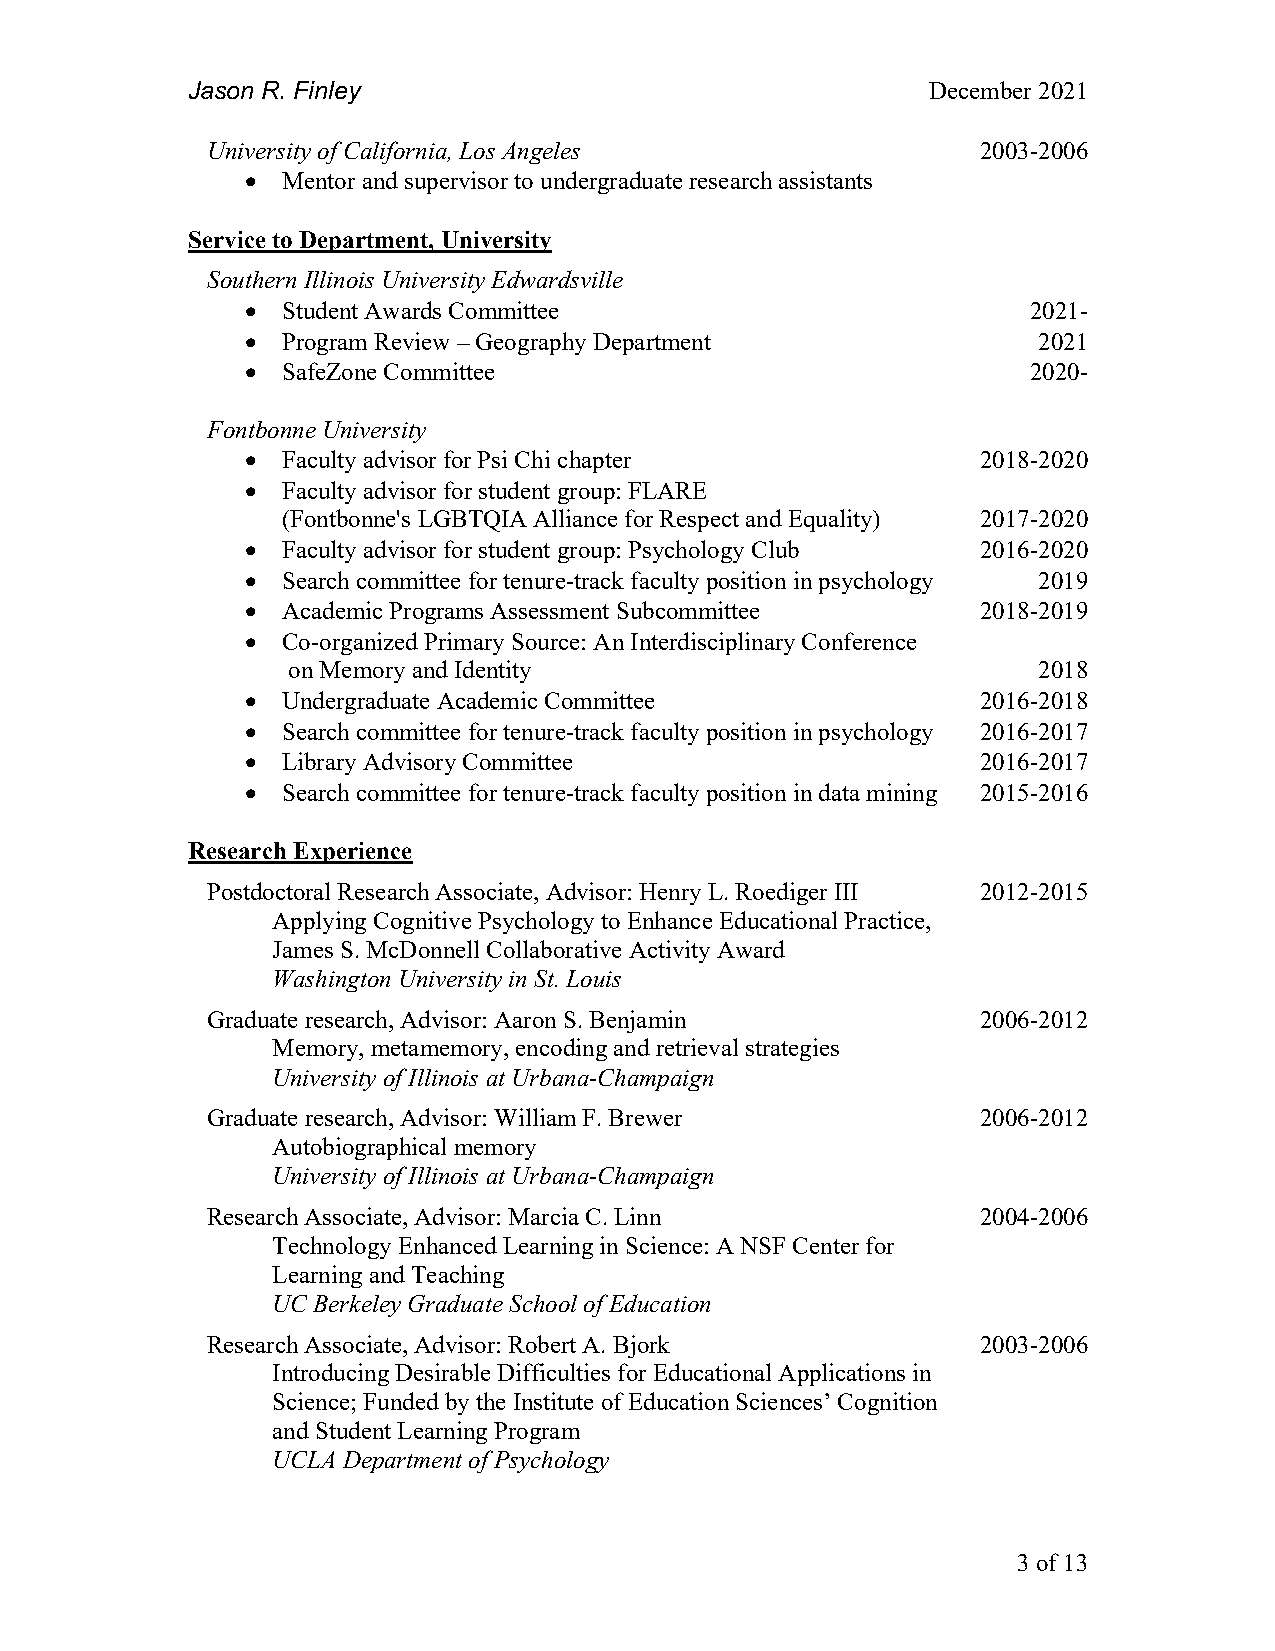
Jason R. Finley                                   December 2021
 University of California, Los Angeles              2003-2006
 •  Mentor and supervisor to undergraduate research assistants
 Service to Department, University
 Southern Illinois University Edwardsville
 •  Student Awards Committee                         2021-
 •  Program Review – Geography Department             2021
 •  SafeZone Committee                               2020-
 Fontbonne University
 •  Faculty advisor for Psi Chi chapter           2018-2020
 •  Faculty advisor for student group: FLARE
 (Fontbonne's LGBTQIA Alliance for Respect and Equality) 2017-2020
 •  Faculty advisor for student group: Psychology Club 2016-2020
 •  Search committee for tenure-track faculty position in psychology 2019
 •  Academic Programs Assessment Subcommittee     2018-2019
 •  Co-organized Primary Source: An Interdisciplinary Conference
 on Memory and Identity                            2018
 •  Undergraduate Academic Committee              2016-2018
 •  Search committee for tenure-track faculty position in psychology 2016-2017
 •  Library Advisory Committee                    2016-2017
 •  Search committee for tenure-track faculty position in data mining 2015-2016
 Research Experience
 Postdoctoral Research Associate, Advisor: Henry L. Roediger III 2012-2015
 Applying Cognitive Psychology to Enhance Educational Practice,
 James S. McDonnell Collaborative Activity Award
 Washington University in St. Louis
 Graduate research, Advisor: Aaron S. Benjamin      2006-2012
 Memory, metamemory, encoding and retrieval strategies
 University of Illinois at Urbana-Champaign
 Graduate research, Advisor: William F. Brewer      2006-2012
 Autobiographical memory
 University of Illinois at Urbana-Champaign
 Research Associate, Advisor: Marcia C. Linn        2004-2006
 Technology Enhanced Learning in Science: A NSF Center for
 Learning and Teaching
 UC Berkeley Graduate School of Education
 Research Associate, Advisor: Robert A. Bjork       2003-2006
 Introducing Desirable Difficulties for Educational Applications in
 Science; Funded by the Institute of Education Sciences’ Cognition
 and Student Learning Program
 UCLA Department of Psychology
 3 of 13